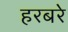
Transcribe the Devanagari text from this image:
हरबरे